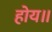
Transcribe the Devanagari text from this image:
होय॥